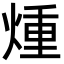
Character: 煄